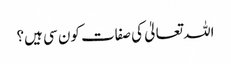
اللہ تعالیٰ کی صفات کون سی ہیں؟